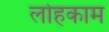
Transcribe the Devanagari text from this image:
लोहकाम